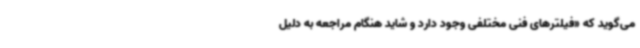
می‌گوید که «فیلترهای فنی مختلفی وجود دارد و شاید هنگام مراجعه به دلیل